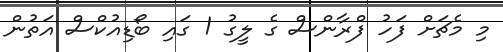
މި މެޗަށް ފަހު ފްރާންސް ގެ ލީގު 1 ގައި ބޯޑިއުކްސް އަތުން